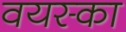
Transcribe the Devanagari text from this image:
वयस्का